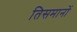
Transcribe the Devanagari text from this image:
तिसमानों